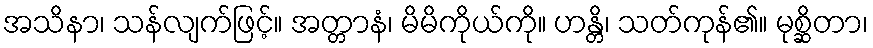
အသိနာ၊ သန်လျက်ဖြင့်။ အတ္တာနံ၊ မိမိကိုယ်ကို။ ဟန္တိ၊ သတ်ကုန်၏။ မုစ္ဆိတာ၊